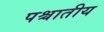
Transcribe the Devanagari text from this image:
पश्चातीय